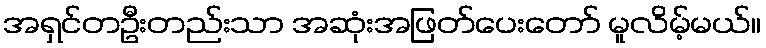
အရှင်တဦးတည်းသာ အဆုံးအဖြတ်ပေးတော် မူလိမ့်မယ်။